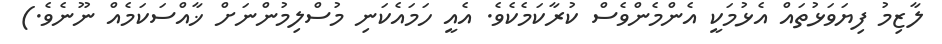
ލާޒިމު ފިޔަވަޅުތައް އެޅުމަކީ އެންމެންވެސް ކުރާކަމެކެވެ. އެއީ ހަމައެކަނި މުސްލިމުންނަށް ޚާއްސަކަމެއް ނޫނެވެ.)